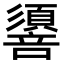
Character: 𢒷